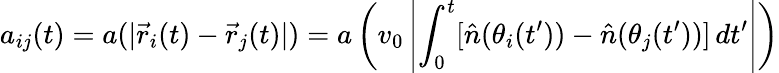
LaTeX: a_{ij}(t)=a(|\vec{r}_{i}(t)-\vec{r}_{j}(t)|)=a\left(v_{0}\left|\int_{0}^{t}[\hat{n}(\theta_{i}(t^{\prime}))-\hat{n}(\theta_{j}(t^{\prime}))]\, dt^{\prime}\right|\right)